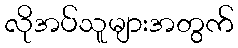
လိုအပ်သူများအတွက်